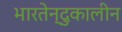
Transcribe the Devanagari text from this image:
भारतेन्दुकालीन